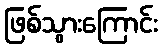
ဖြစ်သွားကြောင်း